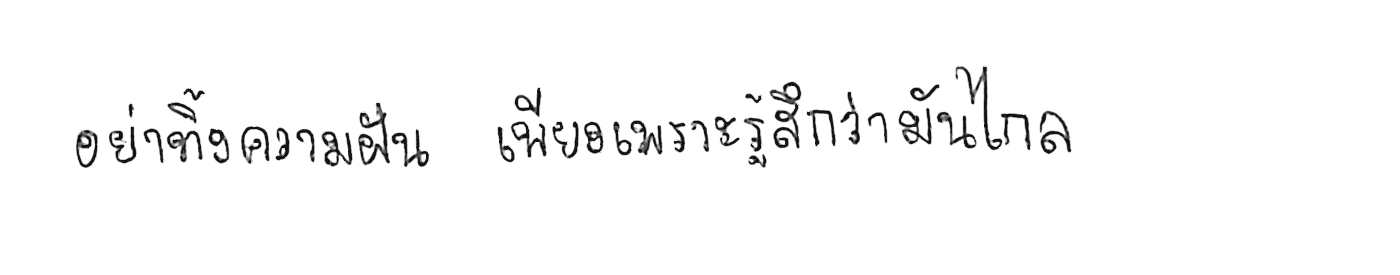
อย่าทิ้งความฝัน เพียงเพราะรู้สึกว่ามันไกล